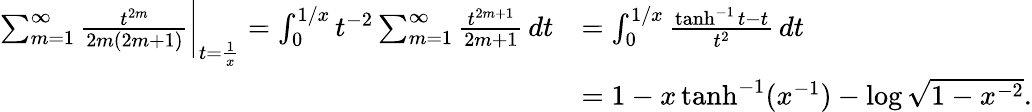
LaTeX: \begin{array}{rl}{\sum_{m=1}^{\infty}\frac{t^{2m}}{2m(2m+1)}\bigg|_{t=\frac{1}{x}}=\int_{0}^{1/x}t^{-2}\sum_{m=1}^{\infty}\frac{t^{2m+1}}{2m+1}\, dt}&{=\int_{0}^{1/x}\frac{\operatorname{tanh}^{-1}{t}-t}{t^{2}}\, dt}\\ &{=1-x\operatorname{tanh}^{-1}(x^{-1})-\log{\sqrt{1-x^{-2}}}.}\end{array}